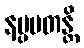
နပ္ပပတန္တိ